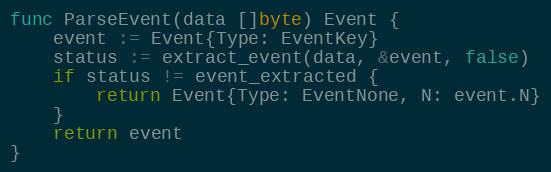
Language: Go
func ParseEvent(data []byte) Event {
	event := Event{Type: EventKey}
	status := extract_event(data, &event, false)
	if status != event_extracted {
		return Event{Type: EventNone, N: event.N}
	}
	return event
}